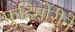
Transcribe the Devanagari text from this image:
फुहिमोरीने